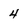
Character: 4